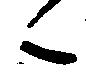
々